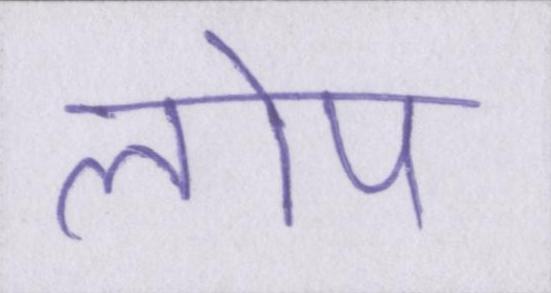
लोप